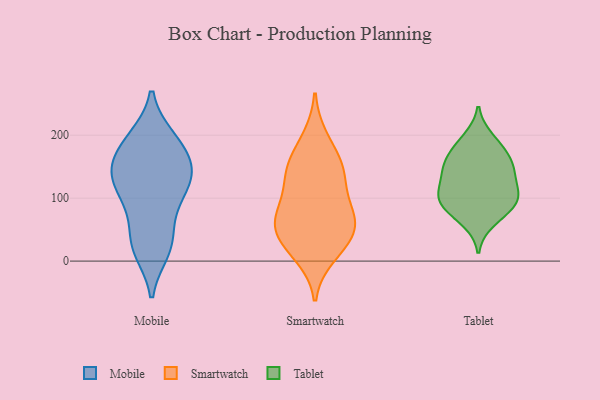
{"axis": {"x": "Production Output", "y": "Value"}, "legend": ["Mobile", "Smartwatch", "Tablet"], "data": [{"x": "", "y": 23, "type": "Mobile"}, {"x": "", "y": 123, "type": "Mobile"}, {"x": "", "y": 91, "type": "Mobile"}, {"x": "", "y": 191, "type": "Mobile"}, {"x": "", "y": 194, "type": "Mobile"}, {"x": "", "y": 195, "type": "Mobile"}, {"x": "", "y": 49, "type": "Mobile"}, {"x": "", "y": 24, "type": "Mobile"}, {"x": "", "y": 154, "type": "Mobile"}, {"x": "", "y": 148, "type": "Mobile"}, {"x": "", "y": 143, "type": "Mobile"}, {"x": "", "y": 98, "type": "Mobile"}, {"x": "", "y": 17, "type": "Mobile"}, {"x": "", "y": 138, "type": "Mobile"}, {"x": "", "y": 114, "type": "Mobile"}, {"x": "", "y": 160, "type": "Mobile"}, {"x": "", "y": 142, "type": "Smartwatch"}, {"x": "", "y": 79, "type": "Smartwatch"}, {"x": "", "y": 139, "type": "Smartwatch"}, {"x": "", "y": 26, "type": "Smartwatch"}, {"x": "", "y": 83, "type": "Smartwatch"}, {"x": "", "y": 68, "type": "Smartwatch"}, {"x": "", "y": 161, "type": "Smartwatch"}, {"x": "", "y": 52, "type": "Smartwatch"}, {"x": "", "y": 58, "type": "Smartwatch"}, {"x": "", "y": 10, "type": "Smartwatch"}, {"x": "", "y": 194, "type": "Smartwatch"}, {"x": "", "y": 131, "type": "Smartwatch"}, {"x": "", "y": 36, "type": "Smartwatch"}, {"x": "", "y": 187, "type": "Tablet"}, {"x": "", "y": 159, "type": "Tablet"}, {"x": "", "y": 169, "type": "Tablet"}, {"x": "", "y": 128, "type": "Tablet"}, {"x": "", "y": 74, "type": "Tablet"}, {"x": "", "y": 101, "type": "Tablet"}, {"x": "", "y": 94, "type": "Tablet"}, {"x": "", "y": 101, "type": "Tablet"}, {"x": "", "y": 93, "type": "Tablet"}, {"x": "", "y": 196, "type": "Tablet"}, {"x": "", "y": 158, "type": "Tablet"}, {"x": "", "y": 62, "type": "Tablet"}, {"x": "", "y": 143, "type": "Tablet"}, {"x": "", "y": 143, "type": "Tablet"}, {"x": "", "y": 121, "type": "Tablet"}, {"x": "", "y": 96, "type": "Tablet"}]}